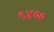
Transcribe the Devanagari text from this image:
९४००